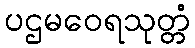
ပဌမဝေရသုတ္တံ